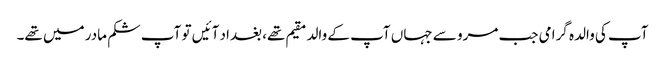
آپ کی والدہ گرامی جب مرو سے جہاں آپ کے والد مقیم تھے، بغداد آئیں تو آپ شکم مادر میں تھے۔